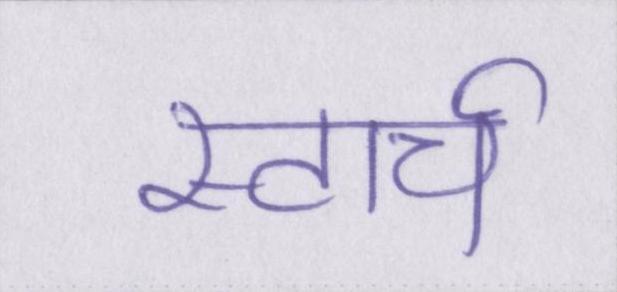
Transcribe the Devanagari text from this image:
स्टार्च